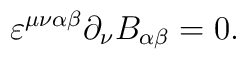
\varepsilon^{\mu\nu\alpha\beta} \partial_{\nu} B_{\alpha\beta} = 0.